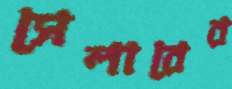
সেলারের